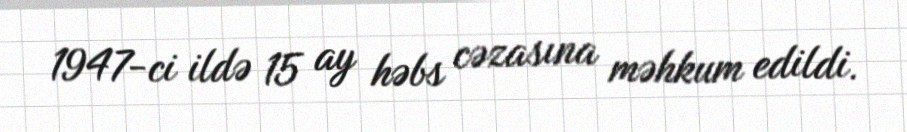
1947-ci ildə 15 ay həbs cəzasına məhkum edildi.